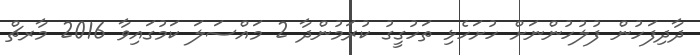
ދާދިފަހުން ފުލުހުންނަށް ހުށަހެޅި ތަހުގީގު ކުރަމުންދާ 2 މައްސަލަ ކަމުގައިވާ 2016 މާރޗް